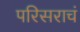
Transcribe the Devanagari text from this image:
परिसराचं